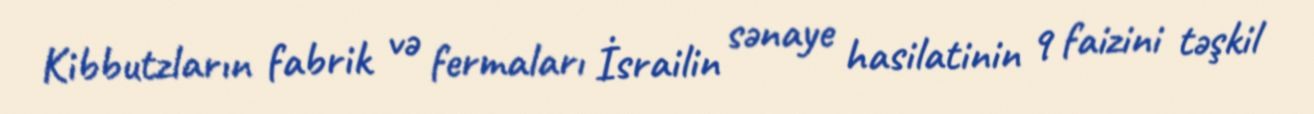
Kibbutzların fabrik və fermaları İsrailin sənaye hasilatinin 9 faizini təşkil